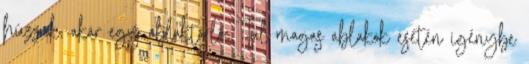
húzzuk, akár egy ablaktörlő. Túl magas ablakok esetén igénybe